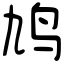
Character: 鸠